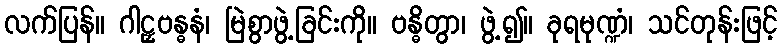
လက်ပြန်။ ဂါဠှဗန္ဓနံ၊ မြဲစွာဖွဲ့ခြင်းကို။ ဗန္ဓိတွာ၊ ဖွဲ့၍။ ခုရမုဏ္ဍံ၊ သင်တုန်းဖြင့်